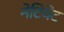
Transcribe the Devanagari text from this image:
नेटिवेट